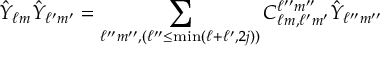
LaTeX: \hat { Y } _ { \ell m } \hat { Y } _ { \ell ^ { \prime } m ^ { \prime } } = \sum _ { \ell ^ { \prime \prime } m ^ { \prime \prime } , ( \ell ^ { \prime \prime } \leq \mathrm { m i n } ( \ell + \ell ^ { \prime } , 2 j ) ) } C _ { \ell m , \ell ^ { \prime } m ^ { \prime } } ^ { \ell ^ { \prime \prime } m ^ { \prime \prime } } \hat { Y } _ { \ell ^ { \prime \prime } m ^ { \prime \prime } }